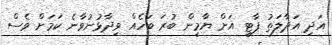
އަދި އަދާލަތު ޕާޓީ އަށް ޔާމީން ބުރަ ބަހެއް ވިދާޅުނުވާނެ ކަމަށް ވެސް